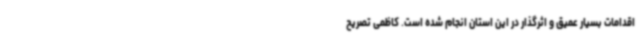
اقدامات بسیار عمیق و اثرگذار در این استان انجام شده است. کاظمی تصریح